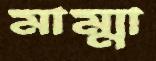
মাম্মা